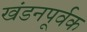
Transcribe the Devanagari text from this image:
खंडनपूर्वक